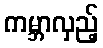
ကမ္ဘာလှည့်